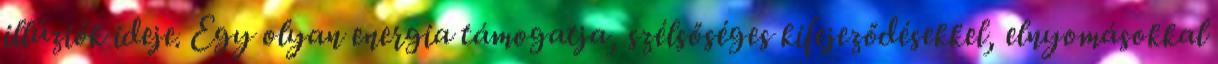
illúziók ideje. Egy olyan energia támogatja, szélsőséges kifejeződésekkel, elnyomásokkal